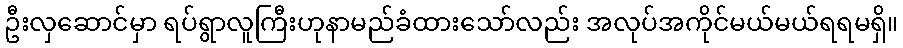
ဦးလှဆောင်မှာ ရပ်ရွာလူကြီးဟုနာမည်ခံထားသော်လည်း အလုပ်အကိုင်မယ်မယ်ရရမရှိ။